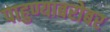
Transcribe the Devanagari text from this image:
पाहुण्याबरोबर